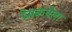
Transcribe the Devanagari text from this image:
प्रेमकथेला